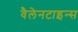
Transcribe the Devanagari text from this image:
वैलेनटाइन्स